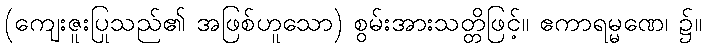
(ကျေးဇူးပြုသည်၏ အဖြစ်ဟူသော) စွမ်းအားသတ္တိဖြင့်။ ဧကာရမ္မဏေ၊ ၌။